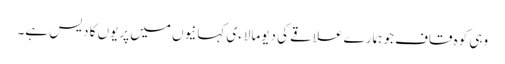
وہی کوہ قاف جو ہمارے علاقے کی دیومالاءی کہانیوں میں پریوں کا دیس ہے۔